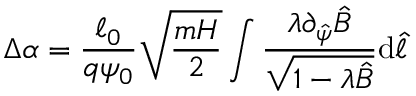
\Delta \alpha = \frac { \ell _ { 0 } } { q \psi _ { 0 } } \sqrt { \frac { m H } { 2 } } \int \frac { \lambda \partial _ { \hat { \psi } } \hat { B } } { \sqrt { 1 - \lambda \hat { B } } } \mathrm { d } \hat { \ell }